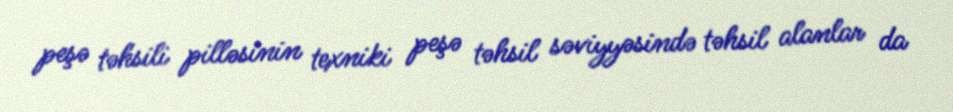
peşə təhsili pilləsinin texniki peşə təhsil səviyyəsində təhsil alanlar da